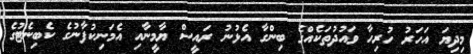
މިދިޔަ އަހަރު ހުރިހާ ވައުދުތަކެއްގެ ބިންގާ އެޅުނު ރައީސް ޔާމީނާއި އެމަނިކުފާނުގެ ކެބިނެޓުގެ